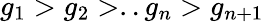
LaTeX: g_{1}>g_{2}>..g_{n}>g_{n+1}